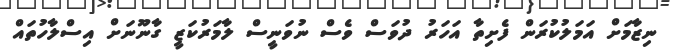
ނިޒާމަށް އަމަލުކުރަން ފެށިތާ އަހަރު ދުވަސް ވެސް ނުވަނީސް ލާމަރުކަޒީ ގާނޫނަށް އިސްލާހުތައް